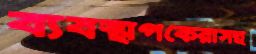
ব্যবস্থাপকেরাসহ